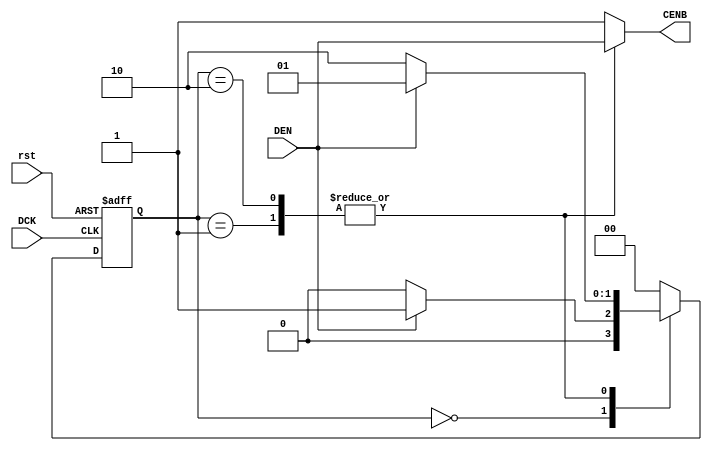
module ctrlD(
        input           DCK,
        input           rst,
        input           DEN,

        output reg      CENB
        );

        parameter IDLE = 2'b00, IN = 2'b01, WRITE = 2'b10;
        reg [1:0] cstate, nstate;


        always@(posedge DCK, posedge rst)begin
                if(rst)
                        cstate <= IDLE;
                else
                        cstate <= nstate;
        end

        always@*begin
                case(cstate)
                        IDLE:begin
                                if(DEN)
                                        nstate = IN;
                                else
                                        nstate = IDLE;
                        end
                        IN:begin
                                if(DEN)
                                        nstate = IN;
                                else
                                        nstate = WRITE;
                        end
                        WRITE:begin
                                if(DEN)
                                        nstate = IN;
                                else
                                        nstate = WRITE;
                        end
                        default:
                                nstate = IDLE;
                endcase
        end

        always@*begin        
                case(cstate)
                        IDLE:begin
                                CENB = 1'b1;
                        end
                        IN:begin
                                CENB = DEN;
                        end
                        WRITE:begin
                                CENB = DEN;
                        end
                        default:
                                CENB = 1'b1;
                endcase
        end

endmodule